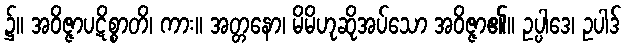
၌။ အဝိဇ္ဇာပဋိစ္စာတိ၊ ကား။ အတ္တနော၊ မိမိဟုဆိုအပ်သော အဝိဇ္ဇာ၏။ ဥပ္ပါဒေ၊ ဥပါဒ်